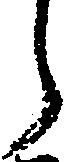
う